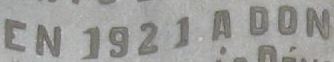
EN 1921 A DOM